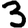
Digit: 3